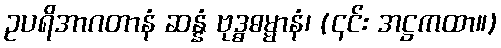
ဥပရိအာဂတာနံ ဆန္နံ ဗုဒ္ဓဓမ္မာနံ၊ (၎င်း အဋ္ဌကထာ။)